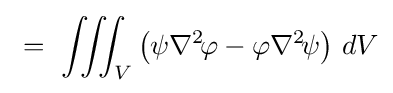
\displaystyle \ =\ \iiint _{V}\left(\psi \nabla ^{2}\!\varphi -\varphi \nabla ^{2}\!\psi \right)\,dV